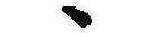
ゝ